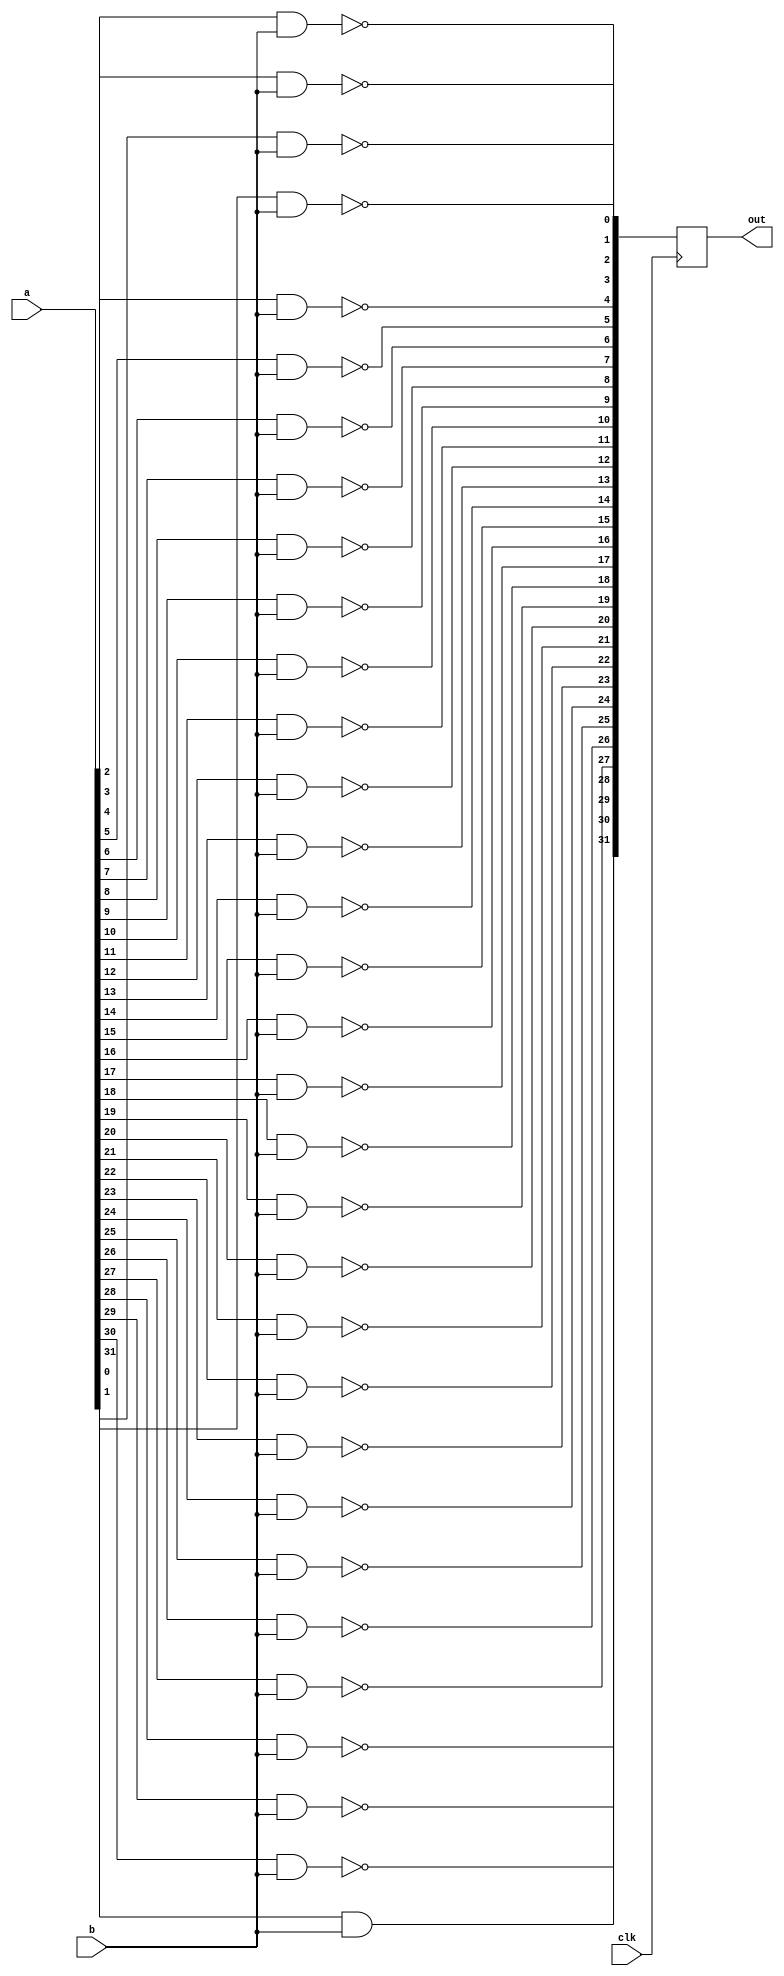
module BWA_EXadd(clk,a,b,out);
	input clk;
	input [31:0] a;
	input b;
	output reg [31:0] out;
	reg [5:0] i;
	always@(posedge clk)begin
		out[0] = !(a[0]&b);
		out[1] = !(a[1]&b);
		out[2] = !(a[2]&b);
		out[3] = !(a[3]&b);
		out[4] = !(a[4]&b);
		out[5] = !(a[5]&b);
		out[6] = !(a[6]&b);
		out[7] = !(a[7]&b);
		out[8] = !(a[8]&b);
		out[9] = !(a[9]&b);
		out[10] = !(a[10]&b);
		out[11] = !(a[11]&b);
		out[12] = !(a[12]&b);
		out[13] = !(a[13]&b);
		out[14] = !(a[14]&b);
		out[15] = !(a[15]&b);
		out[16] = !(a[16]&b);
		out[17] = !(a[17]&b);
		out[18] = !(a[18]&b);
		out[19] = !(a[19]&b);
		out[20] = !(a[20]&b);
		out[21] = !(a[21]&b);
		out[22] = !(a[22]&b);
		out[23] = !(a[23]&b);
		out[24] = !(a[24]&b);
		out[25] = !(a[25]&b);
		out[26] = !(a[26]&b);
		out[27] = !(a[27]&b);
		out[28] = !(a[28]&b);
		out[29] = !(a[29]&b);
		out[30] = !(a[30]&b);
		out[31] = (a[31]&b);
	end
endmodule